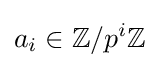
a_{i}\in \mathbb {Z} /p^{i}\mathbb {Z}